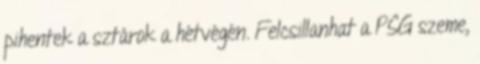
pihentek a sztárok a hétvégén. Felcsillanhat a PSG szeme,